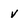
Character: v